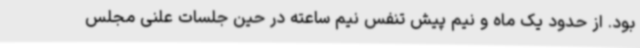
بود. از حدود یک ماه و نیم پیش تنفس نیم ساعته‌ در حین جلسات علنی مجلس